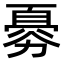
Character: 𠢨